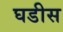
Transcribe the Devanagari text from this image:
घडीस